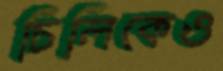
চিলিকেও